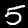
Label: 5